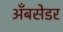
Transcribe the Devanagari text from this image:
अँबसेडर